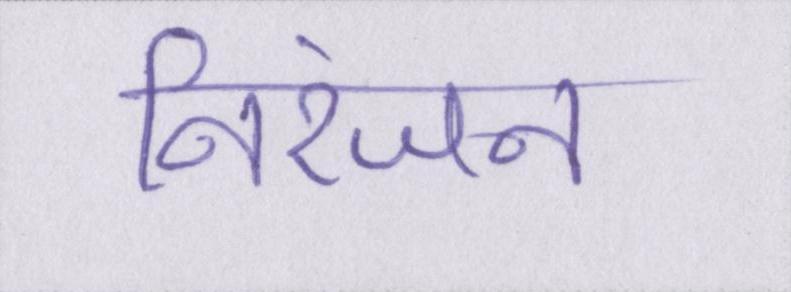
निरंजन